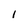
Character: 1